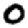
Digit: 0